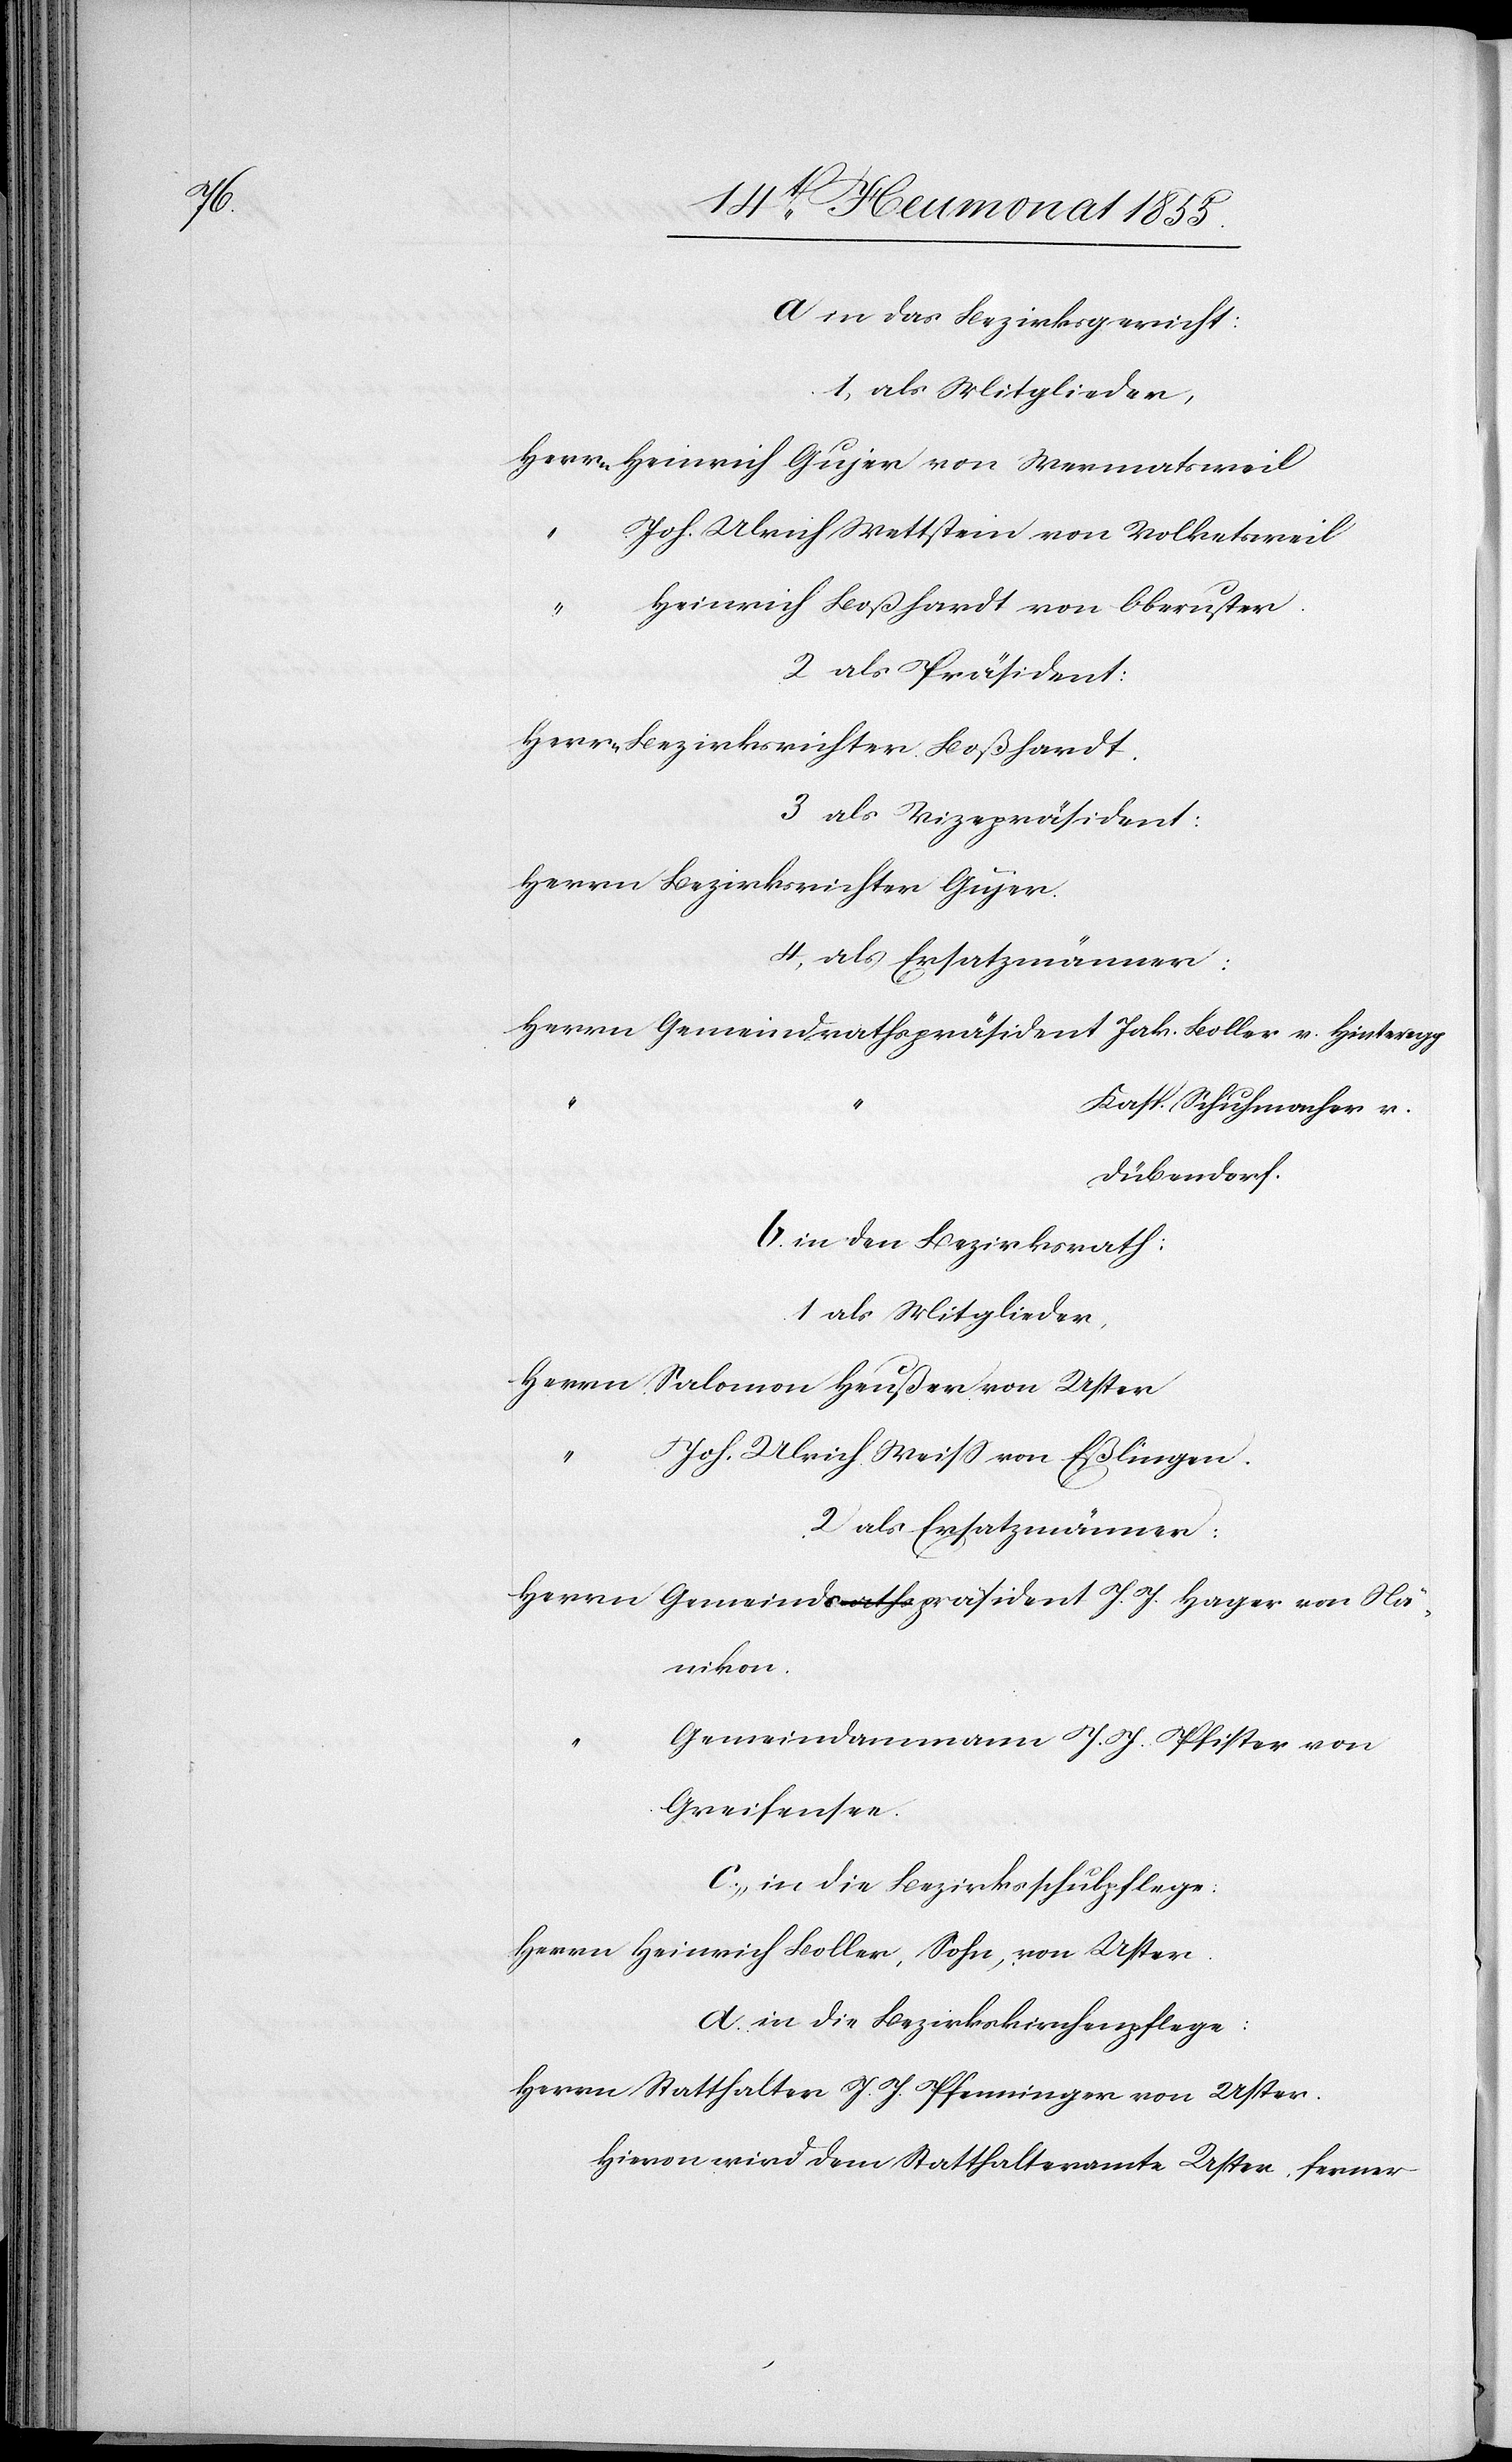
a in das Bezirksgericht:
1, als Mitglieder,
Herrn Heinrich Gujer von Wermatsweil
Joh. Ulrich Wettstein von Volketsweil
Heinrich Boßhardt von Oberuster.
2 als Präsident:
Herrn Bezirksrichter Boßhardt.
3 als Vizepräsident:
Herrn Bezirksrichter Gujer.
4, als Ersatzmänner:
Herrn Gemeindrathspräsident Jak. Boller v. Hinteregg
Kasp. Schuhmacher v.
Dübendorf.
b. in den Bezirksrath:
1 als Mitglieder,
Herrn Salomon Heußer von Uster
Joh. Ulrich Weiss von Eßlingen.
2 als Ersatzmänner:
Herrn Gemeindsa-raths-apräsident J. J. Hager von Nä¬
nikon.
Gemeindammann J. J. Pfister von
Greifensee.
c., in die Bezirksschulpflege:
Herrn Heinrich Boller, Sohn, von Uster.
d. in die Bezirkskirchenpflege:
Herrn Statthalter J. J. Pfenninger von Uster.
Hievon wird dem Statthalteramte Uster, ferner